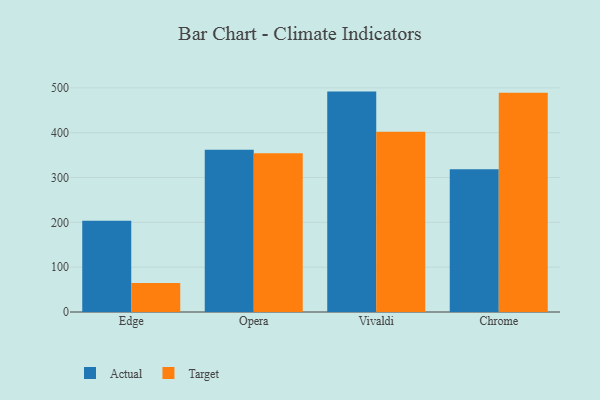
{"axis": {"x": "Browser", "y": "Population (Million)"}, "legend": ["Actual", "Target"], "data": [{"x": "Edge", "y": 203.8, "type": "Actual"}, {"x": "Edge", "y": 64.5, "type": "Target"}, {"x": "Opera", "y": 361.9, "type": "Actual"}, {"x": "Opera", "y": 354.0, "type": "Target"}, {"x": "Vivaldi", "y": 491.7, "type": "Actual"}, {"x": "Vivaldi", "y": 402.2, "type": "Target"}, {"x": "Chrome", "y": 318.6, "type": "Actual"}, {"x": "Chrome", "y": 488.9, "type": "Target"}]}